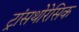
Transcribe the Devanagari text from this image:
ट्रांसथोरेसिक